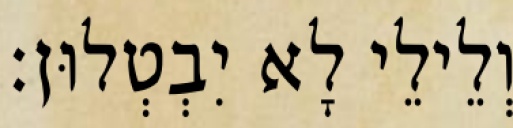
וְלֵילֵי לָא יִבְטְלוּן׃